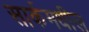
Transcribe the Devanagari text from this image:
सार्कमधील